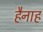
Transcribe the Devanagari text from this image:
हैनाह